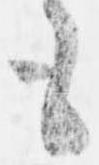
も